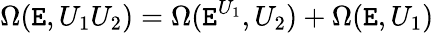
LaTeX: \Omega(\mathtt{E},U_{1}U_{2})=\Omega(\mathtt{E}^{U_{1}},U_{2})+\Omega(\mathtt{E},U_{1})